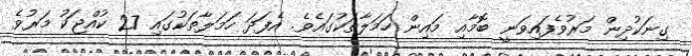
ގިނަކުދިން މަރުވެފައިވަނީ ބޮމާއި މައިން ހަމަލާތަކުގައެވެ. އެފަދަ ހަމަލާތަކުގައި 27 ކުއްޖަކު މަރުވެ